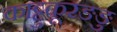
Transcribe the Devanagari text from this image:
काट्टुकूरङङु